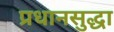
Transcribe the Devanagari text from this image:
प्रधानसुद्धा